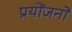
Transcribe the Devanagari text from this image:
प्रयोंजनों